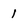
Character: 1